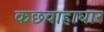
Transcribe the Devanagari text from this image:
कछवाहाघार